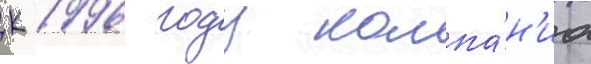
К 1996 году компа́н'иа